Civil Veterinary Dept. North-West Frontier Province 1901-22 - 1901-1922
Year: 1901
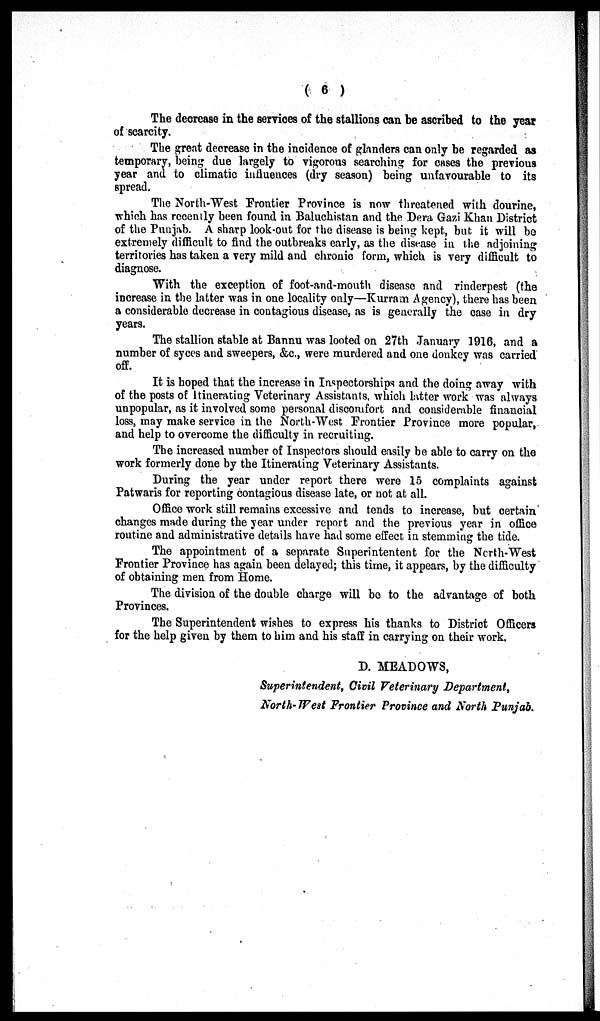
(6)
The decrease in the services of the stallions can be ascribed to the year
of scarcity.
The great decrease in the incidence of glanders can only be regarded as
temporary, being due largely to vigorous searching for cases the previous
year and to climatic influences (dry season) being unfavourable to its
spread.
The North-West Frontier Province is now threatened with dourine,
which has recently been found in Baluchistan and the Dera Gazi Khan District
of the Punjab. A sharp look-out for the disease is being kept, but it will be
extremely difficult to find the outbreaks early, as the disease in the adjoining
territories has taken a very mild and chronic form, which is very difficult to
diagnose.
With the exception of foot-and-mouth disease and rinderpest (the
increase in the latter was in one locality only—Kurram Agency), there has been
a considerable decrease in contagious disease, as is generally the case in dry
years.
The stallion stable at Bannu was looted on 27th January 1916, and a
number of syces and sweepers, &c, were murdered and one donkey was carried
off.
It is hoped that the increase in Inspectorships and the doing away with
of the posts of Itinerating Veterinary Assistants, which latter work was always
unpopular, as it involved some personal discomfort and considerable financial
loss, may make service in the North-West Frontier Province more popular,
and help to overcome the difficulty in recruiting.
The increased number of Inspectors should easily be able to carry on the
work formerly done by the Itinerating Veterinary Assistants.
During the year under report there were 15 complaints against
Patwaris for reporting contagious disease late, or not at all.
Office work still remains excessive and tends to increase, but certain
changes made during the year under report and the previous year in office
routine and administrative details have had some effect in stemming the tide.
The appointment of a separate Superintentent for the North-West
Frontier Province has again been delayed; this time, it appears, by the difficulty
of obtaining men from Home.
The division of the double charge will be to the advantage of both
Provinces.
The Superintendent wishes to express his thanks to District Officers
for the help given by them to him and his staff in carrying on their work.
D. MEADOWS,
Superintendent, Civil Veterinary Department,
North-West Frontier Province and North Punjab.